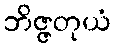
ဘိဇ္ဇတုယံ